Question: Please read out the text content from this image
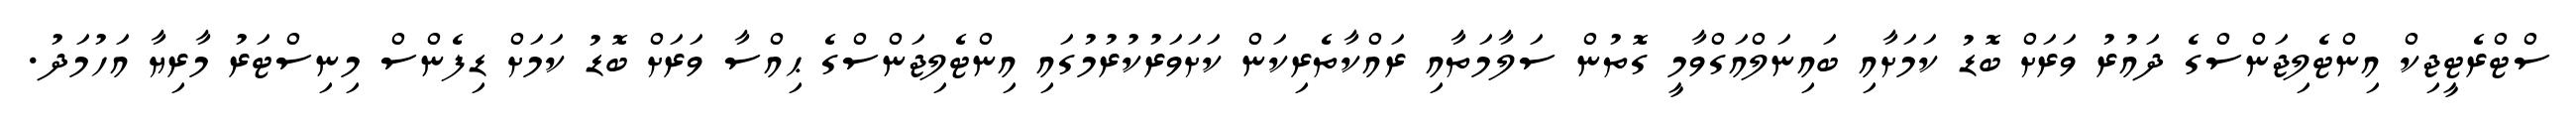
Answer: ސްޓްރެޓީޖިކް އިންޓެލިޖަންސްގެ ދައުރު ވަރަށް ބޮޑު ކަމަށާއި ބައިނަލްއަގްވާމީ ގޮތުން ސަލާމަތާއި ރައްކާތެރިކަން ކަށަވަރުކުރުމުގައި އިންޓެލިޖަންސްގެ ޙިއްސާ ވަރަށް ބޮޑު ކަމަށް ޑިފެންސް މިނިސްޓަރު މާރިޔާ އަހުމަދު.